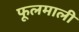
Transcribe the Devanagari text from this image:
फूलमाली